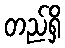
တည်ရှိ